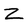
Character: Z